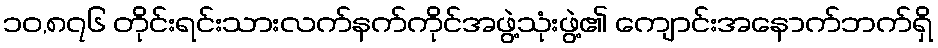
၁၀,၈၇၆ တိုင်းရင်းသားလက်နက်ကိုင်အဖွဲ့သုံးဖွဲ့၏ ကျောင်းအနောက်ဘက်ရှိ